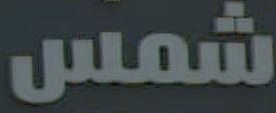
شمس